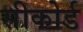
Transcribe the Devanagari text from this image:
सीकोर्ड